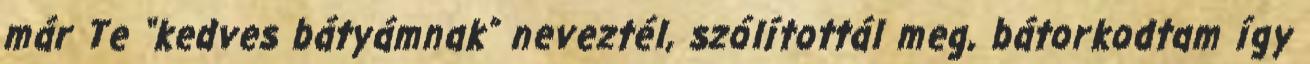
már Te “kedves bátyámnak” neveztél, szólítottál meg, bátorkodtam így